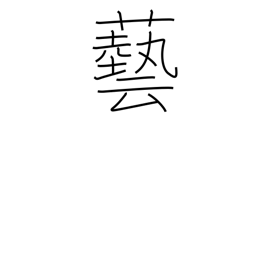
Meaning: stunt